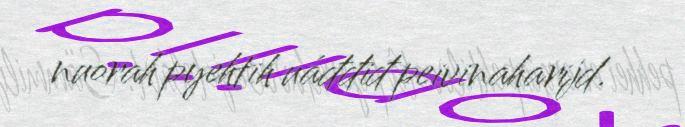
nuorah pyehtih uáđđiđ peivinaharijd.